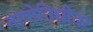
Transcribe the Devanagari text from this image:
नाणेनिधीवर